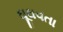
ઘૂઘવતા